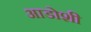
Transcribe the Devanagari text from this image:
आडोशी